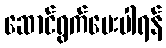
ဆောင်ရွက်ပေးပါရန်